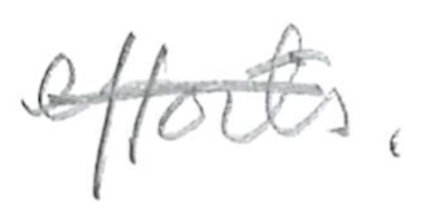
Text: efforts.
Cross-out: single-line
Writing tool: pencil